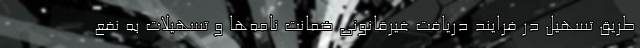
طریق تسهیل در فرایند دریافت غیرقانونی ضمانت نامه‌ها و تسهیلات به نفع